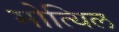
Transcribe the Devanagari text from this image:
मोत्यिल